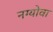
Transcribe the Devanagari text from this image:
नग्योवा